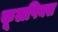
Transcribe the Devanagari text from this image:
कूलपिक्स